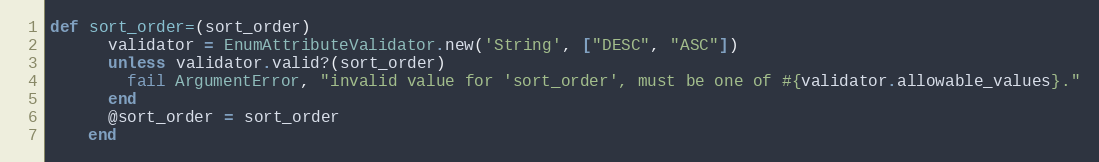
Language: Ruby
def sort_order=(sort_order)
      validator = EnumAttributeValidator.new('String', ["DESC", "ASC"])
      unless validator.valid?(sort_order)
        fail ArgumentError, "invalid value for 'sort_order', must be one of #{validator.allowable_values}."
      end
      @sort_order = sort_order
    end